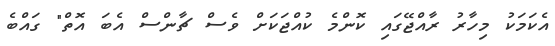
އެކަމަކު މިހާރު ރާއްޖޭގައި ކޮންމެ ކުއްޖަކަށް ވެސް ޗާންސް އެބަ އޮތް" ގައްބެ